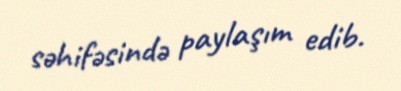
səhifəsində paylaşım edib.